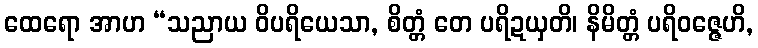
ထေရော အာဟ “သညာယ ဝိပရိယေသာ, စိတ္တံ တေ ပရိဍယှတိ၊ နိမိတ္တံ ပရိဝဇ္ဇေဟိ,